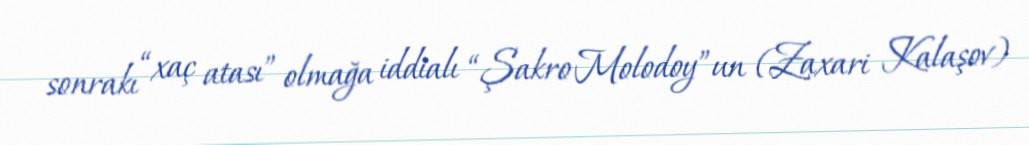
sonrakı “xaç atası” olmağa iddialı “Şakro Molodoy”un (Zaxari Kalaşov)